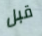
قبل